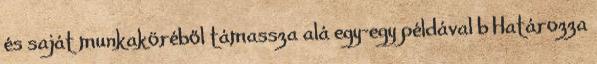
és saját munkaköréből támassza alá egy-egy példával b Határozza